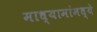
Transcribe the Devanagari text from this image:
माध्यामांमध्ये